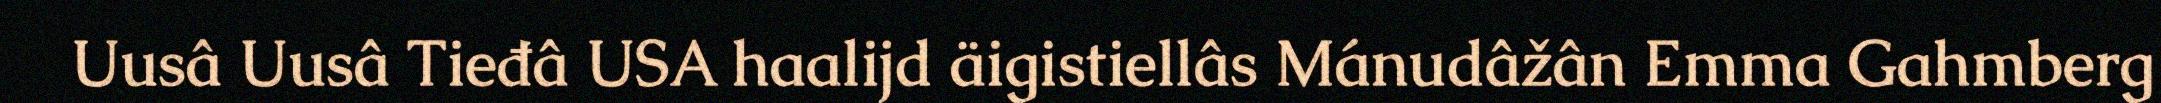
Uusâ Uusâ Tieđâ USA haalijd äigistiellâs Mánudâžân Emma Gahmberg